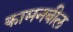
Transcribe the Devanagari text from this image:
कामनबील